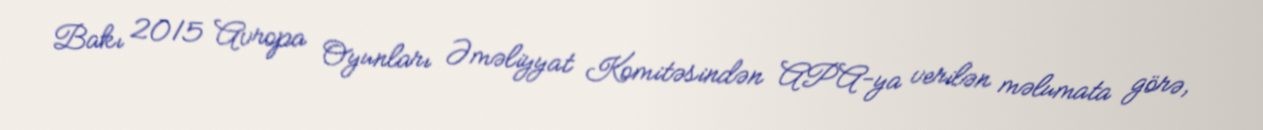
Bakı 2015 Avropa Oyunları Əməliyyat Komitəsindən APA-ya verilən məlumata görə,